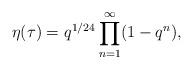
LaTeX: \begin{align*}\eta (\tau )=q^{1/24}\prod_{n=1}^{\infty }(1-q^{n}), \end{align*}